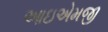
આઇએમજી